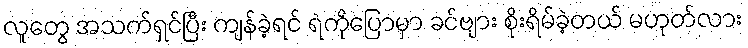
လူတွေ အသက်ရှင်ပြီး ကျန်ခဲ့ရင် ရဲကိုပြောမှာ ခင်ဗျား စိုးရိမ်ခဲ့တယ် မဟုတ်လား